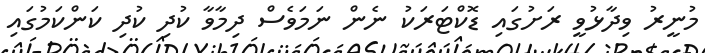
މުނީރު ވިދާޅުވީ ރަށުގައި ޑޮކްޓަރަކު ނެން ނަމަވެސް ދިމާވާ ކުދި ކުދި ކަންކަމުގައި